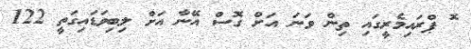
ޮ ޕްރައިމެރީގައި ތިން ވަނަ އަށް ގޮސް އޭނާ އަށް ލިބިވަޑައިގަތީ 122